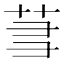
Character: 𬜮